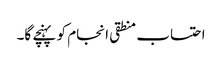
احتساب منطقی انجام کو پہنچے گا۔